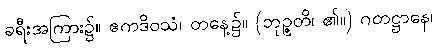
ခရီးအကြား၌။ ဧကဒိဝသံ၊ တနေ့၌။ (ဘုဉ္ဇတိ၊ ၏။) ဂတဋ္ဌာနေ၊